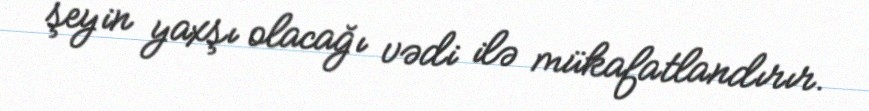
şeyin yaxşı olacağı vədi ilə mükafatlandırır.